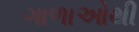
ગાળાઓથી